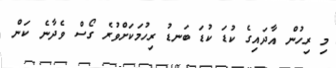
މި ރިހުން އާދައިގެ ކުޑަ ކުޑަ ބަނޑު ރިހުމަކަށްވުރެ ގޯސް ވެދާނެ ކަން